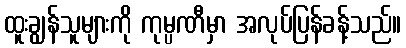
ထူးချွန်သူများကို ကုမ္ပဏီမှာ အလုပ်ပြန်ခန့်သည်။